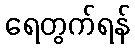
ရေတွက်ရန်